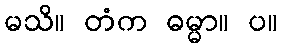
မသိ။ တံက ဓမ္မာ။ ပ။